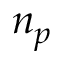
n _ { p }